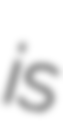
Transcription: is